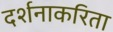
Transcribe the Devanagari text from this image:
दर्शनाकरिता